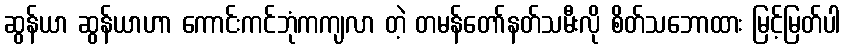
ဆွန်ယာ ဆွန်ယာဟာ ကောင်းကင်ဘုံကကျလာ တဲ့ တမန်တော်နတ်သမီးလို စိတ်သဘောထား မြင့်မြတ်ပါ